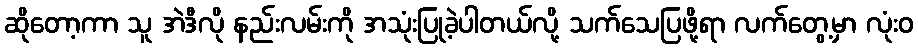
ဆိုတော့ကာ သူ အဲဒီလို နည်းလမ်းကို အသုံးပြုခဲ့ပါတယ်လို့ သက်သေပြဖို့ရာ လက်တွေ့မှာ လုံးဝ